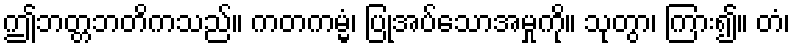
ဤဘတ္တဘတိကသည်။ ကတကမ္မံ၊ ပြုအပ်သောအမှုကို။ သုတွာ၊ ကြား၍။ တံ၊